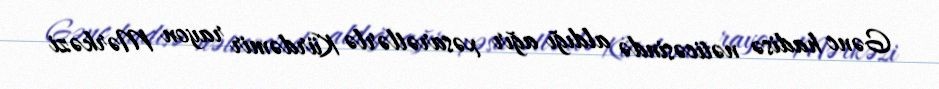
Gənc hadisə nəticəsində aldığı ağır xəsarətlərlə Kürdəmir rayon Mərkəzi